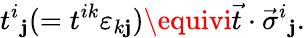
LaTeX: t^{i}{}_{\mathbf{j}}(=t^{ik}\varepsilon_{k\mathbf{j}})\equivi\vec{{t}}\cdot\vec{{\sigma}}^{i}{}_{\mathbf{j}}.